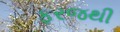
ફરજથી